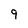
Character: 9